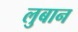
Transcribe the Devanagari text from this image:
लुबान